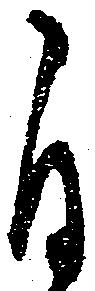
自